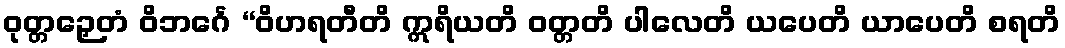
ဝုတ္တဉှေတံ ဝိဘင်္ဂေ “ဝိဟရတီတိ ဣရိယတိ ဝတ္တတိ ပါလေတိ ယပေတိ ယာပေတိ စရတိ